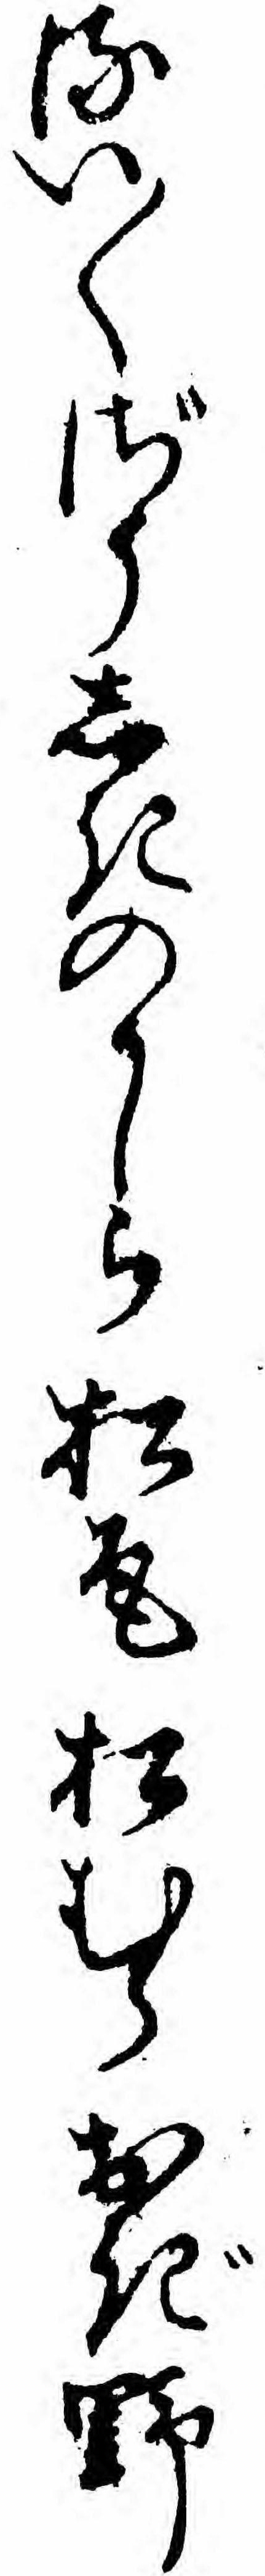
るい〱ざうしきのかしら松尾松むらおぎ野